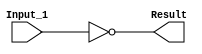
/******************************************************************************
 ** Logisim goes FPGA automatic generated Verilog code                       **
 **                                                                          **
 ** Component : NOT_GATE                                                     **
 **                                                                          **
 ******************************************************************************/

module NOT_GATE( Input_1,
                 Result);

   /***************************************************************************
    ** Here the inputs are defined                                           **
    ***************************************************************************/
   input  Input_1;

   /***************************************************************************
    ** Here the outputs are defined                                          **
    ***************************************************************************/
   output Result;

   /***************************************************************************
    ** Here the functionality is defined                                     **
    ***************************************************************************/
   assign Result = ~(Input_1);


endmodule